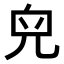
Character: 𠒇